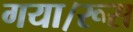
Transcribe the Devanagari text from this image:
गया।रूस